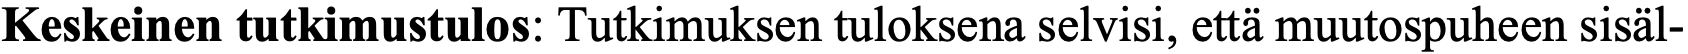
Keskeinen tutkimustulos: Tutkimuksen tuloksena selvisi, että muutospuheen sisäl-